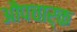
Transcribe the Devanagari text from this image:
औपचार्क